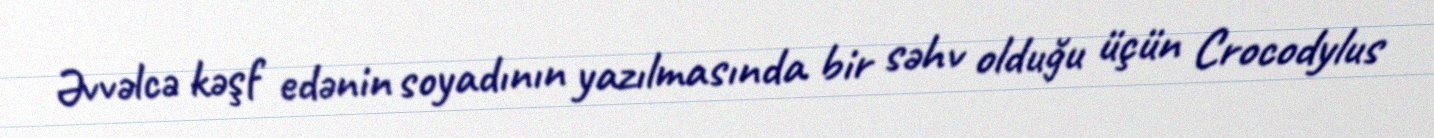
Əvvəlcə kəşf edənin soyadının yazılmasında bir səhv olduğu üçün Crocodylus